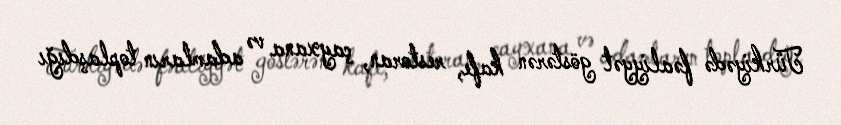
Türkiyədə fəaliyyət göstərən kafe, restoran, çayxana və adamların toplaşdığı